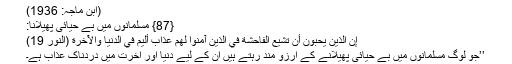
(ابن ماجہ: 1936)
{87} مسلمانوں میں بے حیائی پھیلانا:
إِنَّ الَّذِينَ يُحِبُّونَ أَن تَشِيعَ الْفَاحِشَةُ فِي الَّذِينَ آمَنُوا لَهُمْ عَذَابٌ أَلِيمٌ فِي الدُّنْيَا وَالْآخِرَةِ (النور 19)
’’جو لوگ مسلمانوں میں بے حیائی پھیلانے کے آرزو مند رہتے ہیں ان کے لیے دنیا اور آخرت میں دردناک عذاب ہے۔